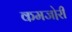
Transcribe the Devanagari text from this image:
कमजो़री